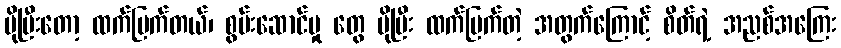
ပိုပြီးတော့ ထက်မြက်တယ်၊ စွမ်းဆောင်မှု တွေ ပိုပြီး ထက်မြက်တဲ့ အတွက်ကြောင့် စိတ်ရဲ့ အညစ်အကြေး